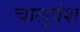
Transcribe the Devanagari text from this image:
चालुवंश